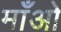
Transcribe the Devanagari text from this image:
माँओ